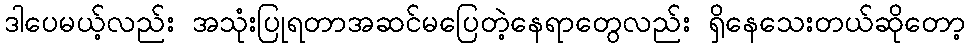
ဒါပေမယ့်လည်း အသုံးပြုရတာအဆင်မပြေတဲ့နေရာတွေလည်း ရှိနေသေးတယ်ဆိုတော့